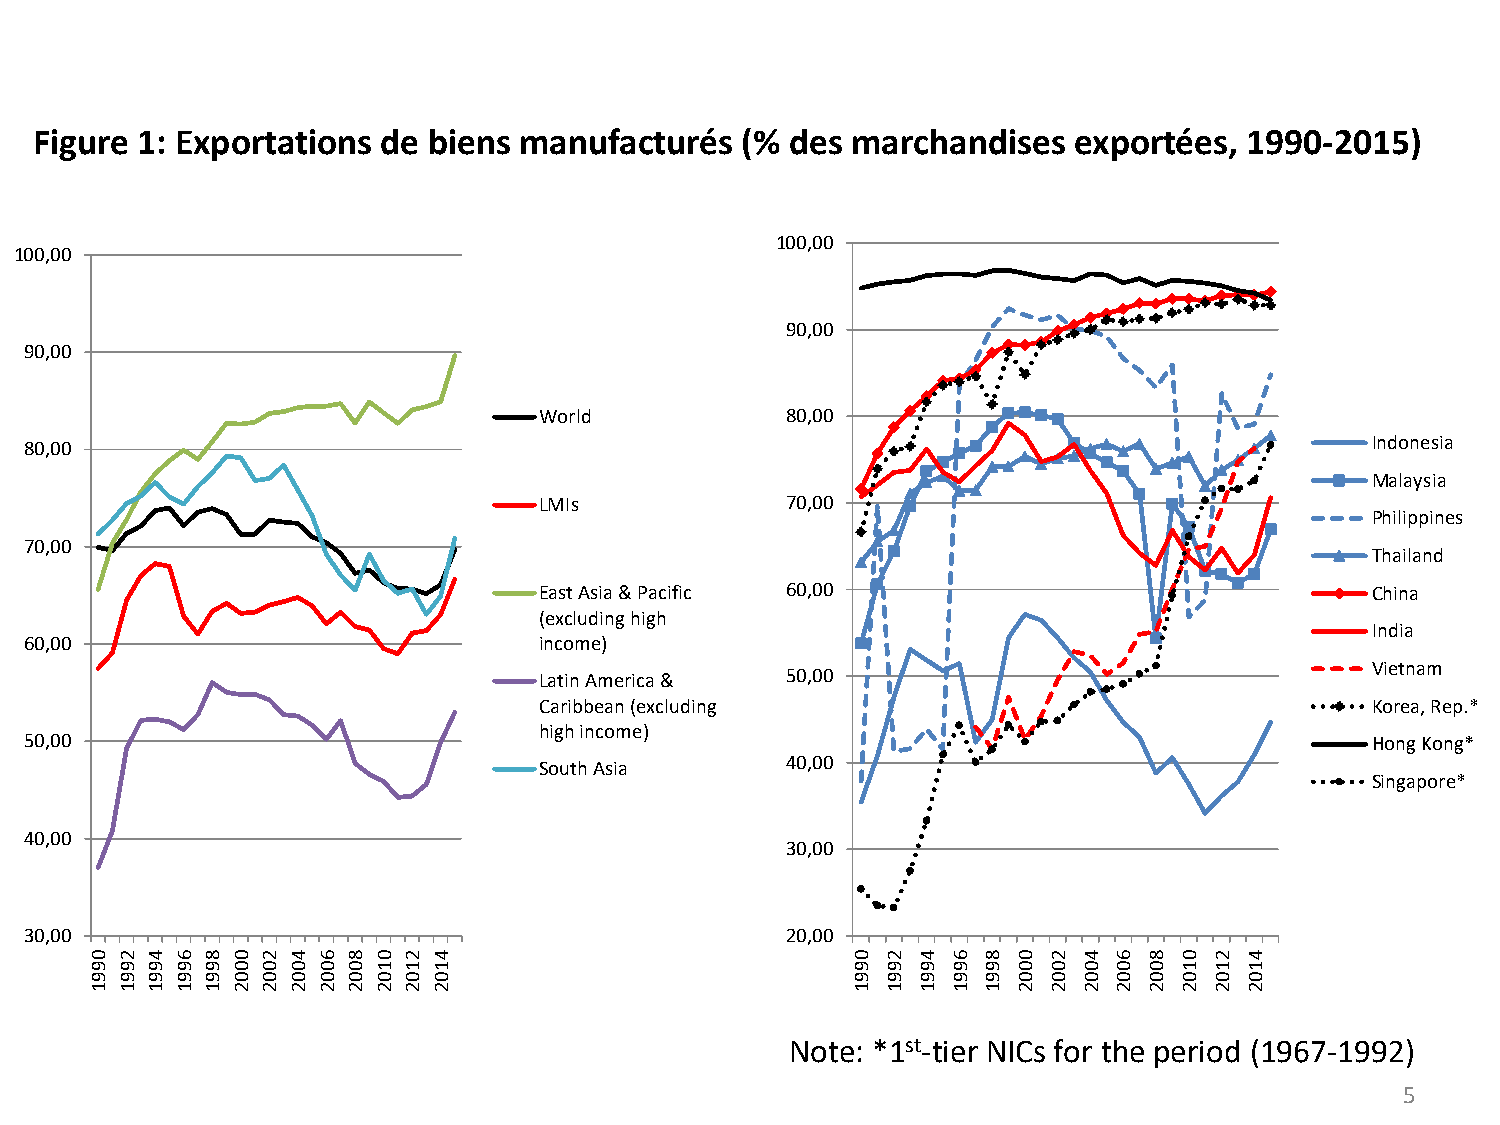
Figure 1: Exportations de biens manufacturés   (% des marchandises   exportées,  1990-2015)
 100,00
 100,00
 90,00
 90,00
 World           80,00
 Indonesia
 80,00
 Malaysia
 LMIs            70,00
 Philippines
 70,00
 Thailand
 East Asia & Pacific 60,00                              China
 (excluding high
 India
 60,00                             income)
 Vietnam
 Latin America & 50,00
 Caribbean (excluding                                   Korea, Rep.*
 high income)
 50,00                                                                                    Hong Kong*
 40,00
 South Asia
 Singapore*
 40,00
 30,00
 30,00                                             20,00
 0 2 4 6 8 0 2 4 6 8 0 2 4                         0  2 4 6 8 0 2  4 6 8 0 2 4
 9 9 9 9 9 0 0 0 0 0 1 1 1                         9  9 9 9 9 0 0  0 0 0 1 1 1
 9 9 9 9 9 0 0 0 0 0 0 0 0                         9  9 9 9 9 0 0  0 0 0 0 0 0
 1 1 1 1 1 2 2 2 2 2 2 2 2                         1  1 1 1 1 2 2  2 2 2 2 2 2
 Note: *1st-tier NICs for the period (1967-1992)
 5